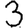
Digit: 3